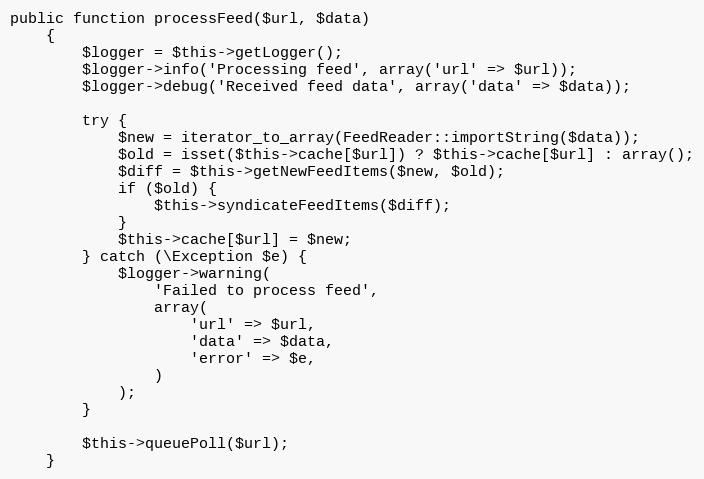
Language: PHP
public function processFeed($url, $data)
    {
        $logger = $this->getLogger();
        $logger->info('Processing feed', array('url' => $url));
        $logger->debug('Received feed data', array('data' => $data));

        try {
            $new = iterator_to_array(FeedReader::importString($data));
            $old = isset($this->cache[$url]) ? $this->cache[$url] : array();
            $diff = $this->getNewFeedItems($new, $old);
            if ($old) {
                $this->syndicateFeedItems($diff);
            }
            $this->cache[$url] = $new;
        } catch (\Exception $e) {
            $logger->warning(
                'Failed to process feed',
                array(
                    'url' => $url,
                    'data' => $data,
                    'error' => $e,
                )
            );
        }

        $this->queuePoll($url);
    }